Reports on military cantonments and civil stations in the Presidency of Bombay inspected by the Sanitary Commissioner in the years 1875 and 1876
Year: 1875
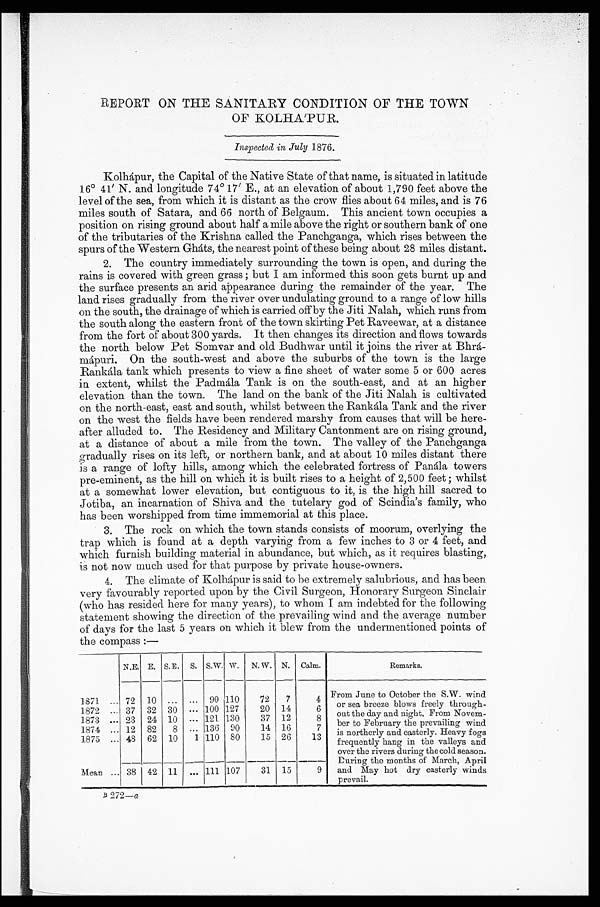
REPORT ON THE SANITARY CONDITION OF THE TOWN
OF KOLHA'PUR.
Inspected in July 1876.
Kolhápur, the Capital of the Native State of that name, is situated in latitude
16° 41' N. and longitude 74° 17' E., at an elevation of about 1,790 feet above the
level of the sea, from which it is distant as the crow flies about 64 miles, and is 76
miles south of Satara, and 66 north of Belgaum. This ancient town occupies a
position on rising ground about half a mile above the right or southern bank of one
of the tributaries of the Krishna called the Panchganga, which rises between the
spurs of the Western Gháts, the nearest point of these being about 28 miles distant.
2. The country immediately surrounding the town is open, and during the
rains is covered with green grass; but I am informed this soon gets burnt up and
the surface presents an arid appearance during the remainder of the year. The
land rises gradually from the river over undulating ground to a range of low hills
on the south, the drainage of which is carried off by the Jiti Nalah, which runs from
the south along the eastern front of the town skirting Pet Raveewar, at a distance
from the fort of about 300 yards. It then changes its direction and flows towards
the north below Pet Somvar and old Budhwar until it joins the river at Bhr
á - m á p u r i . O n t h e s o u t h - w e s t a n d a b o v e t h e s u b u r b s o f t h e t o w n i s t h e l a r g e
Rankála tank which presents to view a fine sheet of water some 5 or 600 acres
in extent, whilst the Padmála Tank is on the south-east, and at an higher
elevation than the town. The land on the bank of the Jiti Nalah is cultivated
on the north-east, east and south, whilst between the Rankála Tank and the river
on the west the fields have been rendered marshy from causes that will be here
- a f t e r a l l u d e d t o . T h e R e s i d e n c y a n d M i l i t a r y C a n t o n m e n t a r e o n r i s i n g g r o u n d ,
at a distance of about a mile from the town. The valley of the Panchganga
gradually rises on its left, or northern bank, and at about 10 miles distant there
is a range of lofty hills, among which the celebrated fortress of Panála towers
pre-eminent, as the hill on which it is built rises to a height of 2,500 feet; whilst
at a somewhat lower elevation, but contiguous to it, is the high hill sacred to
Jotiba, an incarnation of Shiva and the tutelary god of Scindia's family, who
has been worshipped from time immemorial at this place.
3. The rock on which the town stands consists of moorum, overlying the
trap which is found at a depth varying from a few inches to 3 or 4 feet, and
which furnish building material in abundance, but which, as it requires blasting,
is not now much used for that purpose by private house-owners.
4. The climate of Kolhápur is said to be extremely salubrious, and has been
very favourably reported upon by the Civil Surgeon, Honorary Surgeon Sinclair
(who has resided here for many years), to whom I am indebted for the following
statement showing the direction of the prevailing wind and the average number
of days for the last 5 years on which it blew from the undermentioned points of
the compass:—
N. E. E. S.E.
S. S.W. W.
N.W. N.
Calm.
Remarks.
1871
. . . 72
10
. . .
. . .
90 110
72
7
4
From June to October the S.W. wind
or sea breeze blows freely through-
out the day and night, From Novem-
ber to February the prevailing wind
is northerly and easterly. Heavy fogs
frequently hang in the valleys and
over the rivers during the cold season.
During the months of March, April
and May hot dry easterly winds
prevail.
1872
. . . 37
32
30
. . . 100 127
20
14
6
1873
. . . 23
24 10
. . . 121 130
37
12
8
1874
. . . 12
82
8
. . . 136
90
14
16
7
1875
. . . 48
62
10
1 110 80
15
26
13
9
Mean
. . . 38
42
1 1 . . . 111 107
31
15
279— a